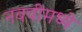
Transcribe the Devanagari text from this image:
नववीमध्ये